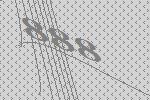
888